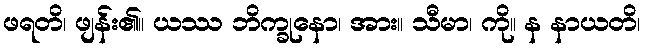
ဖရတိ၊ ဖျန်း၏။ ယဿ ဘိက္ခုနော၊ အား။ သီမာ၊ ကို။ န နာယတိ၊